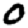
Digit: 0